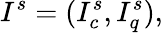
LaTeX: I^{s}=(I_{c}^{s},I_{q}^{s}),